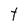
Character: t